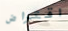
اقتراض